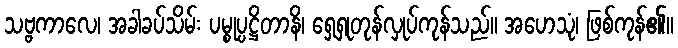
သဗ္ဗကာလေ၊ အခါခပ်သိမ်း ပမ္စုပ္ပဋ္ဌိတာနိ၊ ရှေ့ရှုတုန်လှုပ်ကုန်သည်။ အဟေသုံ၊ ဖြစ်ကုန်၏။